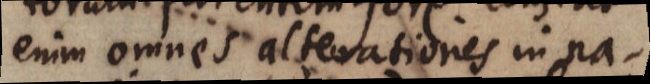
enim omnes alterationes in na-